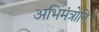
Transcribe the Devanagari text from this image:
अभिमंत्रोनि